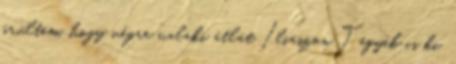
örültem, hogy végre valaki átlát Iliászon Tegyék is ki.